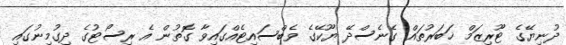
ދުނިޔޭގެ ޓޫރިޒަމް ޚަބަރުތައް ގެނެސްދޭ ޔޫކޭގެ ވެބްސައިޓެއްގައިވާ ގޮތުން އެ ރިސޯޓުގެ ދިގުމިނުގައި